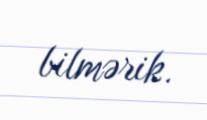
bilmərik.